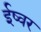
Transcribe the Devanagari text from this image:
ईष्वर